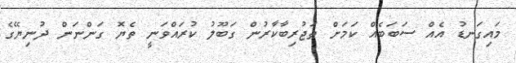
މައިގަނޑު އެއް ސަބަބެއް ކަމަށް ތަޖުރިބާކާރުން ގަބޫލު ކުރައްވަނީ ތެޔޮ ގަންނަން ދުނިޔޭގެ